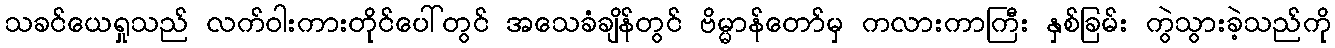
သခင်ယေရှုသည် လက်ဝါးကားတိုင်ပေါ်တွင် အသေခံချိန်တွင် ဗိမ္မာန်တော်မှ ကလားကာကြီး နှစ်ခြမ်း ကွဲသွားခဲ့သည်ကို